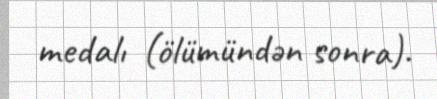
medalı (ölümündən sonra).